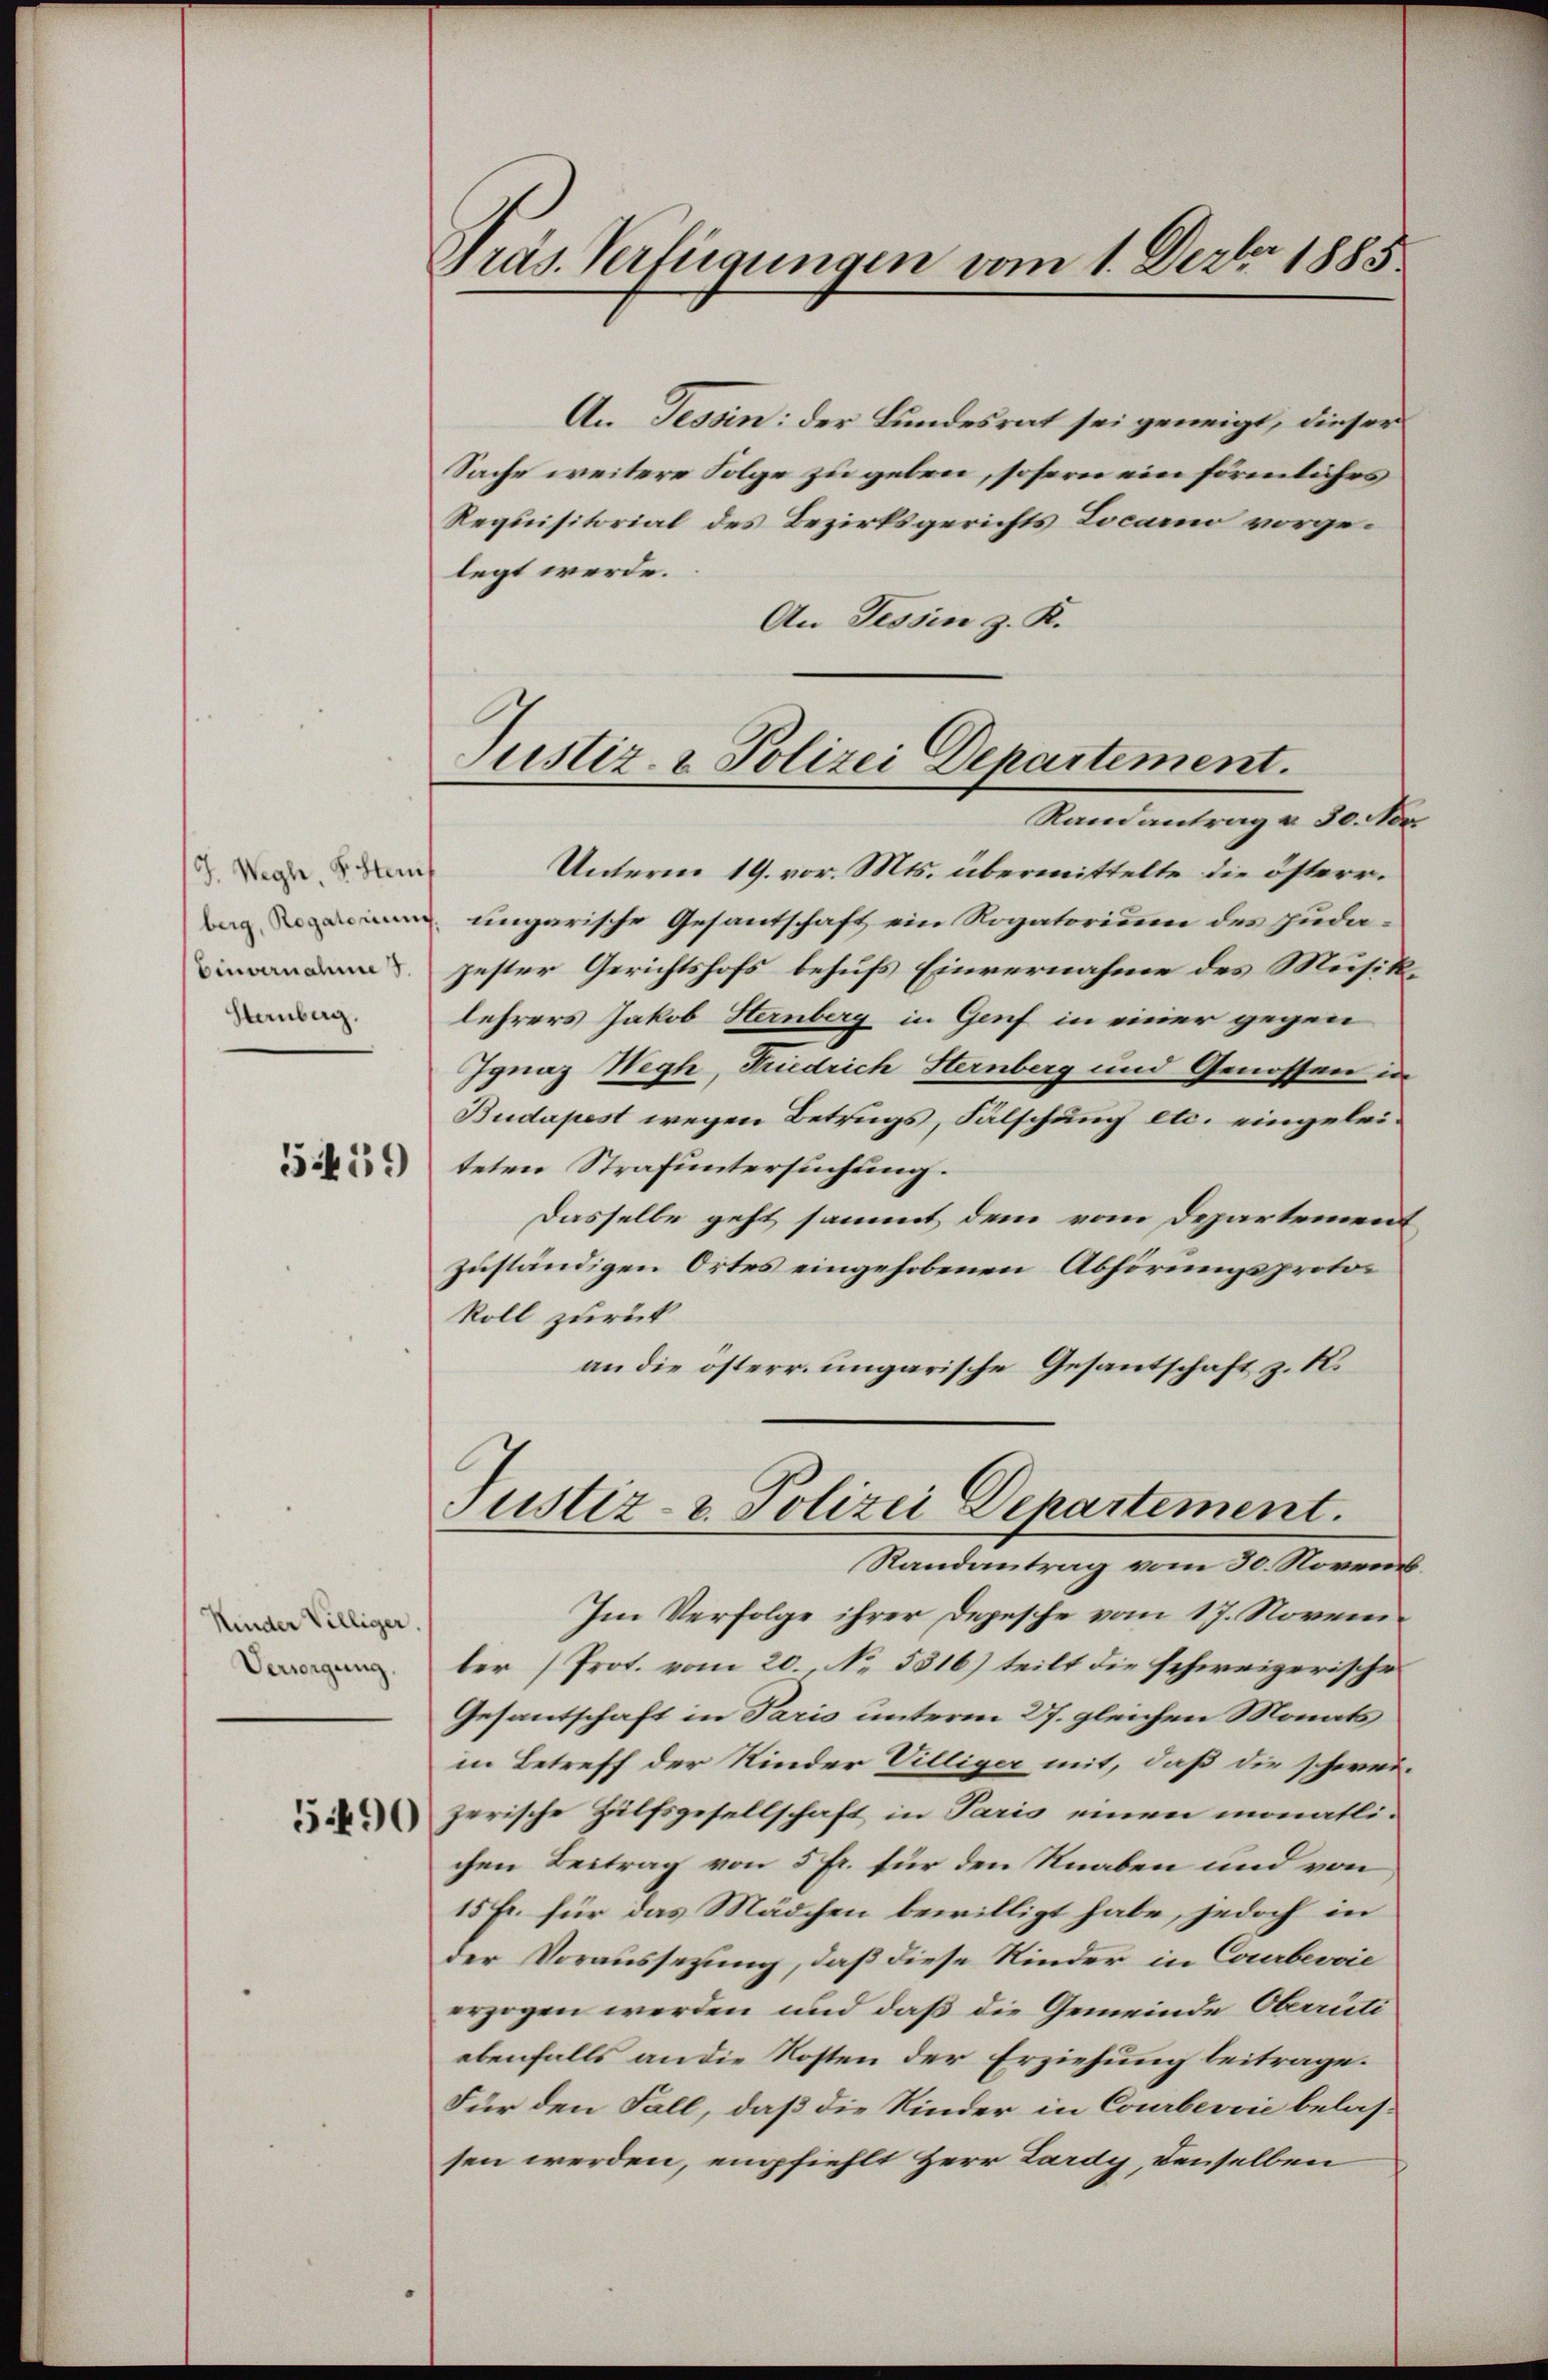
J. Weghi, Ghter
berg, Rogatorium
Einvernahme S.
Stenberg.

5459

Kinder Villiger
Versorgung,

5490

Präs. Verfügungen vom 1. Dezbr. 1885

An Tessin: der Bundesrat sei geneigt, dieser
Sache weitere Folge zu geben, sofern ein förmliches
Requisitorial des Bezirksgerichts Locarno vorgelegt werde.
An Tessin z. K.
Unterm 19. vor. Mts. übermittelte die österr.
ungarische Gesantschaft ein Rogatorium des Judagester Gerichtshofs behufs Einvernahme des Musiklehrers Jakob Hernberg in Genf in einer gegen
Ignaz Weyh, Friedrich Sternberg und Genossen i
Budapest wegen Betrugs, Falschung etc. eingeleiteten Strafuntersuchung.
Dasselbe geht sammt dem vom Departement
zuständigen Ortes eingehobenen Abhörungsprotokoll zurück
an die österr. ungarische Gesandschaft z. B.
Justiz- & Polizei Departement.
Randantrag vom 30. Novemb
Im Verfolge ihrer Depesche vom 17. Novemler (Prot. vom 20. No. 5816) teilt die schweizerische
Gesandtschaft in Paris unterm 27. gleichen Monats
in Betreff der Kinder Villiger mit, daß die schweizerische Hilfsgesellschaft in Paris einen monatli-
chen Beitrag von 5 fr. für den Knaben und von
15 Fr. für das Mädchen bewilligt habe, jedoch in
der Voraussetzung, daß diese Kinder in Courbeović
erzogen werden und daß die Gemeinde Oberrüti
ebenfalls an die Kosten der Erziehung beitrage.
Für den Fall, daß die Kinder in Courbeović belassen werden, empfiehlt Herr Lardy, denselben

Justiz- & Polizei Departement.
Randantrag u. 30. Nov.